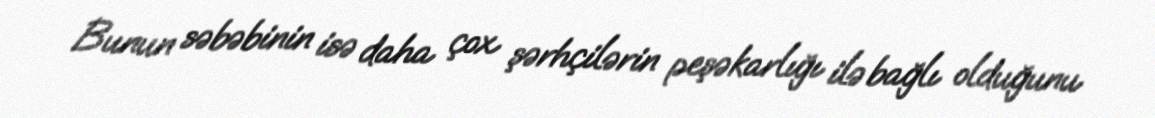
Bunun səbəbinin isə daha çox şərhçilərin peşəkarlığı ilə bağlı olduğunu